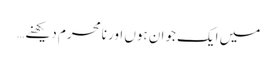
میں ایک جوان ہوں اور نامحرم دیکھنے …